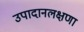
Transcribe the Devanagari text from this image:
उपादानलक्षणा